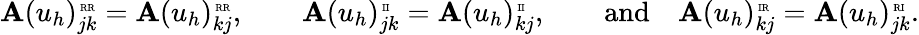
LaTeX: \begin{array}{r}{\mathbf{A}(u_{h})_{jk}^{\mathrm{\tiny\mathrm{~RR}}}=\mathbf{A}(u_{h})_{kj}^{\mathrm{\tiny\mathrm{~RR}}},\qquad\mathbf{A}(u_{h})_{jk}^{\mathrm{\tiny\mathrm{~II}}}=\mathbf{A}(u_{h})_{kj}^{\mathrm{\tiny\mathrm{~II}}},\qquad\mathrm{and}\quad\mathbf{A}(u_{h})_{kj}^{\mathrm{\tiny\mathrm{~IR}}}=\mathbf{A}(u_{h})_{jk}^{\mathrm{\tiny\mathrm{~RI}}}.}\end{array}